King Institute of Preventive Medicine Micro-Biological Section reports 1912-19
Year: 1912
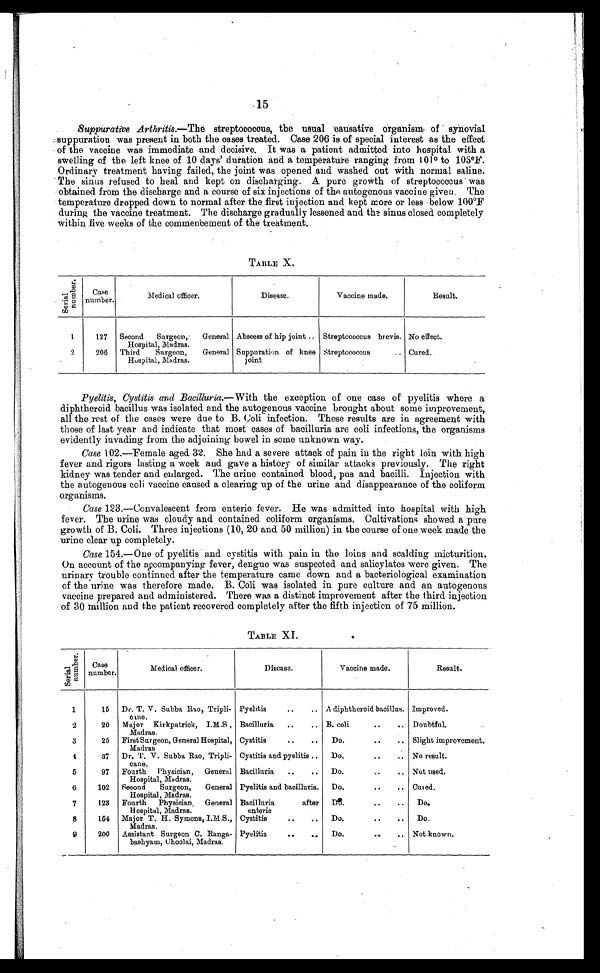
15
Suppurative Arthritis.—The streptococcus, the usual causative organism of synovial
suppuration was present in both the cases treated. Case 206 is of special interest as the effect
of the vaccine was immediate and decisive. It was a patient admitted into hospital with a
swelling of the left knee of 10 days' duration and a temperature ranging from 101°
to 103°F.
Ordinary treatment having failed, the joint was opened and washed out with normal saline.
The sinus refused to heal and kept on discharging. A pure growth of streptococcus was
obtained from the discharge and a course of six injections of the autogenous vaccine given. The
temperature dropped down to normal after the first injection and kept more or less below 100°F
during the vaccine treatment. The discharge gradually lessened and the sinus closed completely
within five weeks of the commencement of the treatment.
TABLE X.
S e r i a l n u m b e r .
Case
number.
Medical officer.
Disease.
Vaccine made.
Result.
1
127
Second Surgeon, General
Hospital, Madras.
Abscess of hip joint .. Streptococcus brevis. No effect.
2
206
Third Surgeon, General
Hospital, Madras.
Suppuration of knee
joint
Streptococcus
.. Cured..
Pyelitis, Cystitis and Bacilluria. —With the exception of one case of pyelitis where a
diphtheroid bacillus was isolated and the autogenous vaccine brought about some improvement,
all the rest of the cases were due to B. Coli infection. These results are in agreement with
those of last year and indicate that most cases of bacilluria are coli infections, the organisms
evidently invading from the adjoining bowel in some unknown way.
Case 102.—Female aged 32. She had a severe attack of pain in the right loin with high
fever and rigors lasting a week and gave a history of similar attacks previously. The right
kidney was tender and enlarged. The urine contained blood, pus and bacilli. Injection with
the autogenous coli vaccine caused a clearing up of the urine and disappearance of the coliform
organisms.
Case 123.—Convalescent from enteric fever. He was admitted into hospital with high
fever. The urine was cloudy and contained coliform organisms. Cultivations showed a pure
growth of B. Coli. Three injections (10, 20 and 50 million) in the course of one week made the
urine clear up completely.
Case 154.—One of pyelitis and cystitis with pain in the loins and scalding micturition.
On account of the accompanying fever, dengue was suspected and salicylates were given. The
urinary trouble continued after the temperature came down and a bacteriological examination
of the urine was therefore made. B. Coli was isolated in pure culture and an autogenous
vaccine prepared and administered. There was a distinct improvement after the third injection
of 30 million and the patient recovered completely after the fifth injection of 75 million.
TABLE XI.
S e r i a l n u m b e r .
Case
number.
Medical officer.
Disease.
Vaccine made.
Result.
1
15
Dr. T. V. Subba Rao, Triplicane. Pyelitis
..
.. A diphtheroid bacillus. Improved.
2
20
Major Kirkpatrick, I.M.S ,
Madras.
Bacilluria
..
.. B. coli
..
.. Doubtful.
3
25
First Surgeon, General Hospital,
Madras
Cystitis
..
..
Do.
..
.. Slight improvement.
4
37
Dr. T. V. Subba Rao, Tripli-
cane.
Cystitis and pyelitis ..
Do.
..
.. No result.
5
97
Fourth Physician, General
H o s p i t a l M a d r a s .
Bacilluria
..
..
Do.
..
.. Not used.
6
102
Second Surgeon, General
Hospital, Madras.
Pyelitis and bacilluria.
Do.
..
.. Cured.
7
123
Fourth Physician General Hospital, Madras. Bacilluria
after enteric Do.
.. ..
Do.
8
154
Major T. H. Symons, I.M.S.,
Madras.
Cystitis
..
..
Do.
. .
..
Do.
9
200
Assistant Surgeon C. Ranga
bashyam, Choolai, Madras.
Pyelitis
..
..
Do.
..
.. Not known.